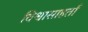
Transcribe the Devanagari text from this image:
विश्वासाहर्ता